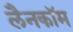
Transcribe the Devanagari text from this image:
लैनकॉम